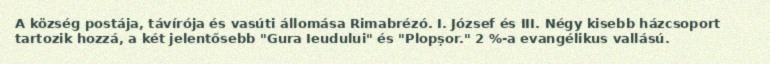
A község postája, távírója és vasúti állomása Rimabrézó. I. József és III. Négy kisebb házcsoport tartozik hozzá, a két jelentősebb "Gura Ieudului" és "Plopșor." 2 %-a evangélikus vallású.